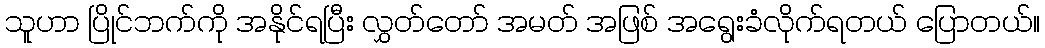
သူဟာ ပြိုင်ဘက်ကို အနိုင်ရပြီး လွှတ်တော် အမတ် အဖြစ် အရွေးခံလိုက်ရတယ် ပြောတယ်။